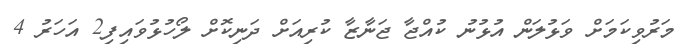
މަރުވިކަމަށް ވަޅުލަން އުޅުނު ކުއްޖާ ޖަނާޒާ ކުރިއަށް ދަނިކޮށް ލޯހުޅުވައިފި2 އަހަރު 4